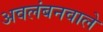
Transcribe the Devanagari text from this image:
अवलंबनवाले